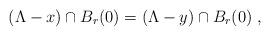
LaTeX: \begin{align*} (\Lambda - x) \cap B_r(0) = (\Lambda - y) \cap B_r(0) \; , \end{align*}